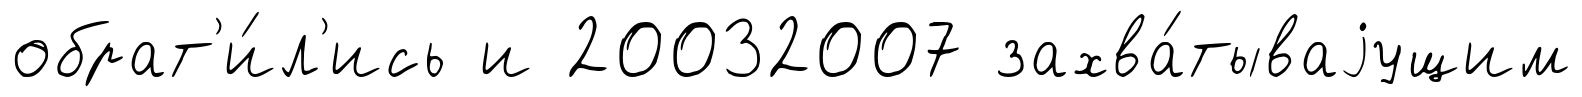
обрат'и́л'ись и 20032007 захва́тываjущим